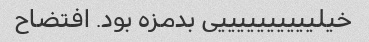
خیلییییییییییی بدمزه بود. افتضاح